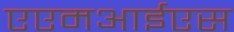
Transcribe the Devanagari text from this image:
एएमआईएस